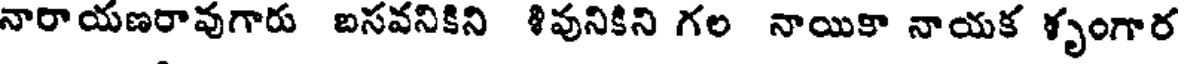
నారాయణరావుగారు బసవనికిని శివునికిని గల నాయికా నాయక శృంగార